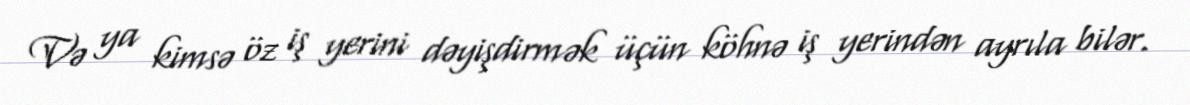
Və ya kimsə öz iş yerini dəyişdirmək üçün köhnə iş yerindən ayrıla bilər.